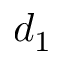
d _ { 1 }